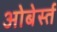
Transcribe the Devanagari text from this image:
ओबेर्स्त